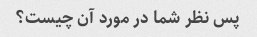
پس نظر شما در مورد آن چیست؟